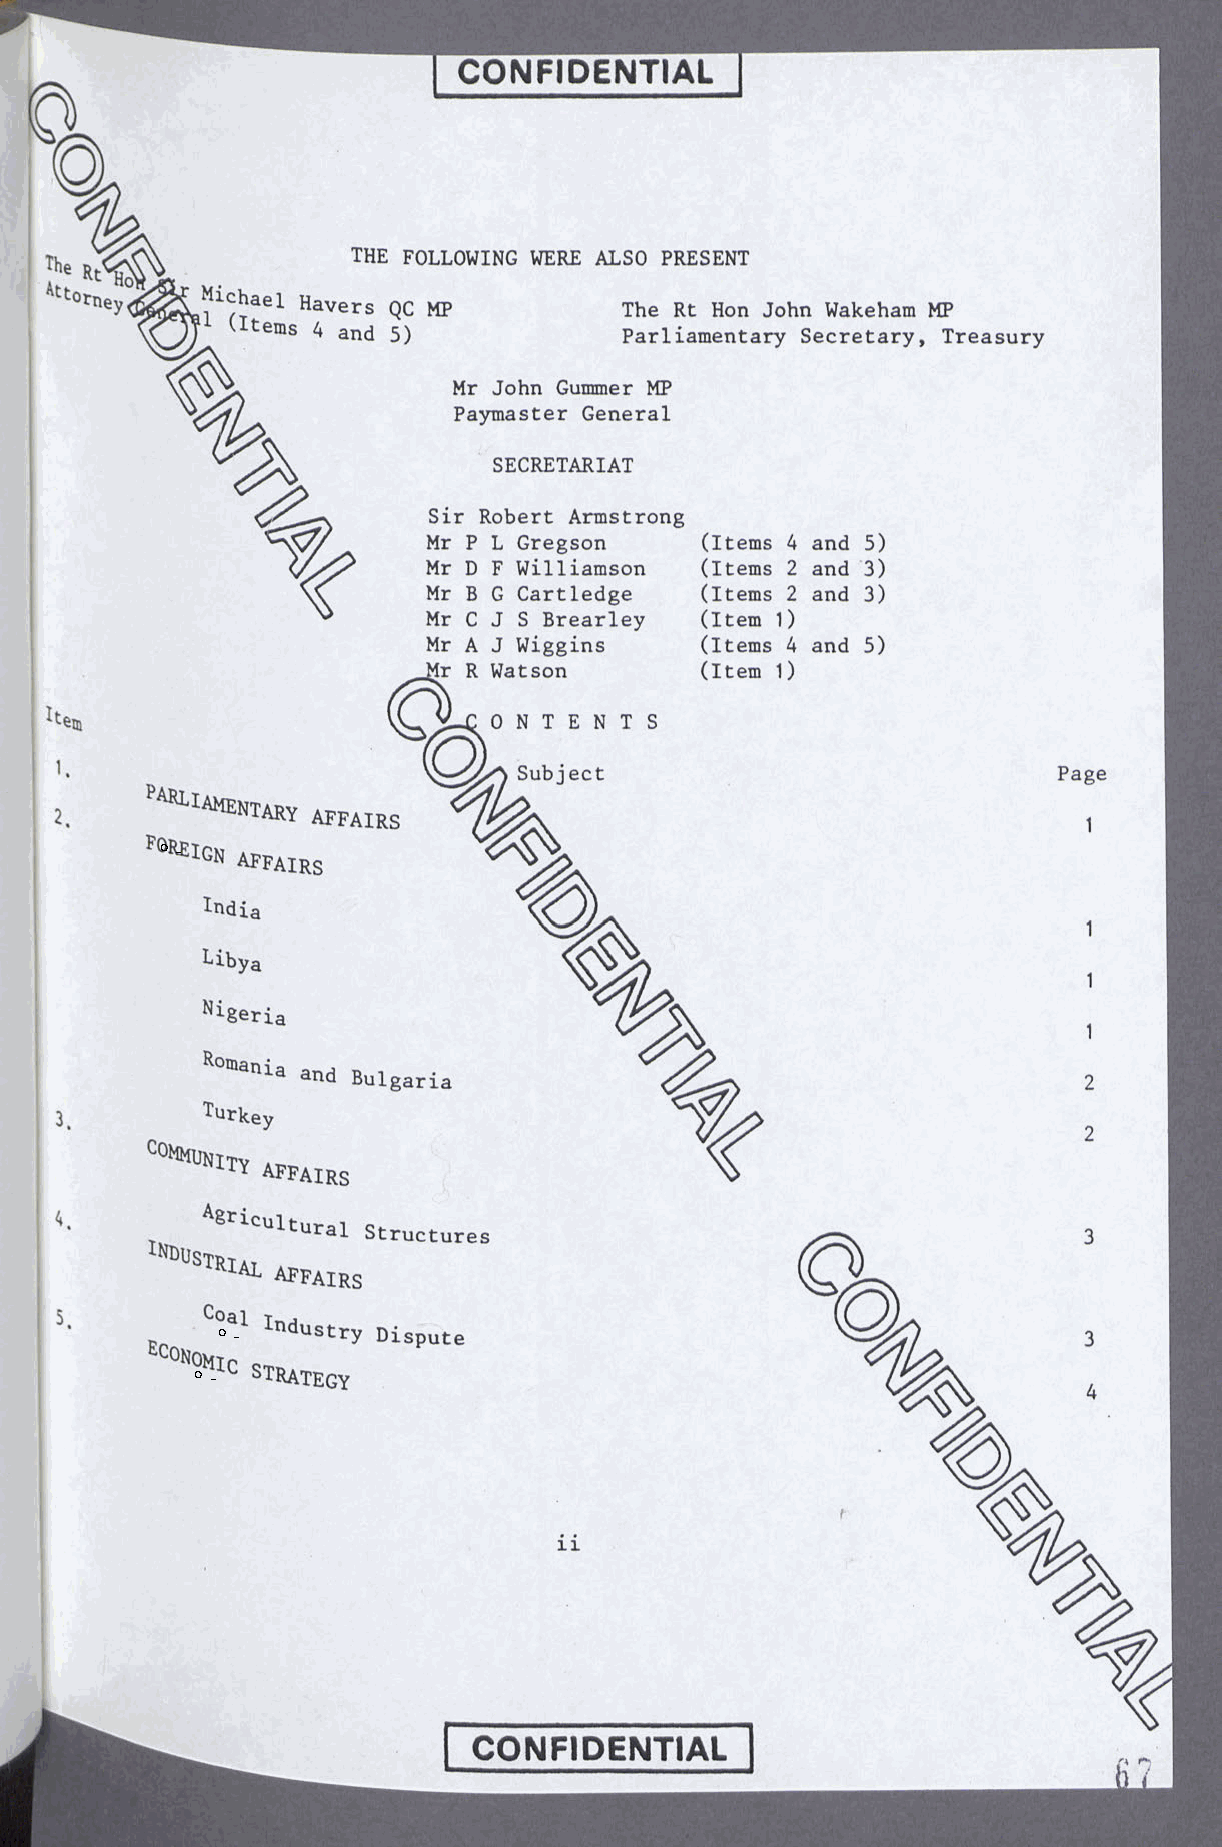
the following were also present
 0rney<3 ^ ^ i ^ hael Havers QC mp   The Rt Hon John Wakeham MP
 \ C J j L (Items 4 and 5)       Parliamentary Secretary, Treasury
 Mr John Gummer MP
 Paymaster General
 SECRETARIAT
 Sir Robert Armstrong
 Mr P L Gregson     (Items 4 and 5)
 Mr D F Williamson  (Items 2 and 3)
 Mr B G Cartledge   (Items 2 and 3)
 Mr C J S Brearley  (Item 1)
 Mr A J Wiggins     (Items 4 and 5)
 Mr R Watson       (Item 1)
 0 N T E N T S
 1.                            Subject                             Page
 parU ameW ary „ M t s
 2.
 1
 P°R ­ EIGN m m s
 lodu                                                       1
 Libya
 %                              1
 Ni8eria                   ^
 1
 ROtnania and Bulgaria       %                              2
 3.       Turkey
 2
 %
 C0MMUN1^ affairs
 4.
 icultural Structures                                    3
 NDUstrial affairs
 (<
 5.
 C°a ­ l Industry Dispute                  O  b             3
 0N°M ­ IC STRATEGY
 4
 %